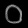
Digit: ၀